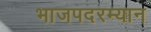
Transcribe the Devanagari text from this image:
भाजपदरम्यान